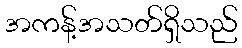
အကန့်အသတ်ရှိသည်